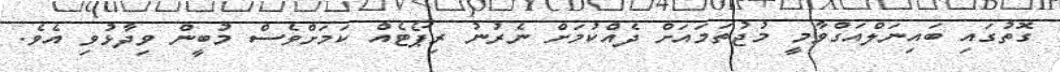
ގޮތުގައި ބައިނަލްއަގްވާމީ މުޖުތަމައަށް ދެއްކުމަށް ނެރުނު ރިޕޯޓެއް ކަމަށްވެސް މުބީން ވިދާޅުވި އެވެ.